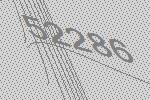
52286